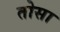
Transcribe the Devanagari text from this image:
तोसा